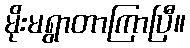
မိုးမရွာတာကြာပြီ။